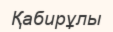
Қабирұлы